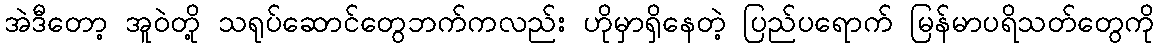
အဲဒီတော့ အူဝဲတို့ သရုပ်ဆောင်တွေဘက်ကလည်း ဟိုမှာရှိနေတဲ့ ပြည်ပရောက် မြန်မာပရိသတ်တွေကို